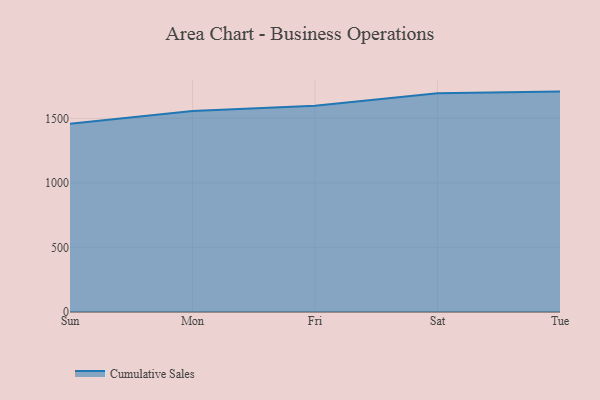
{"axis": {"x": "Day", "y": "Demand Index"}, "legend": ["Cumulative Sales"], "data": [{"x": "Sun", "y": 1458.8, "type": "Cumulative Sales"}, {"x": "Mon", "y": 1557.3, "type": "Cumulative Sales"}, {"x": "Fri", "y": 1597.4, "type": "Cumulative Sales"}, {"x": "Sat", "y": 1694.4, "type": "Cumulative Sales"}, {"x": "Tue", "y": 1706.9, "type": "Cumulative Sales"}]}